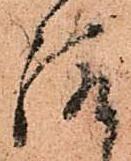
給